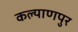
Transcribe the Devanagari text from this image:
कल्‍याणपुर